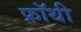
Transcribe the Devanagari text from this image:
फ्रॉथी